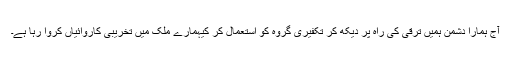
آج ہمارا دشمن ہمیں ترقی کی راہ پر دیکھ کر تکفیری گروہ کو استعمال کر کیہمارے ملک میں تخریبی کاروائیاں کروا رہا ہے۔